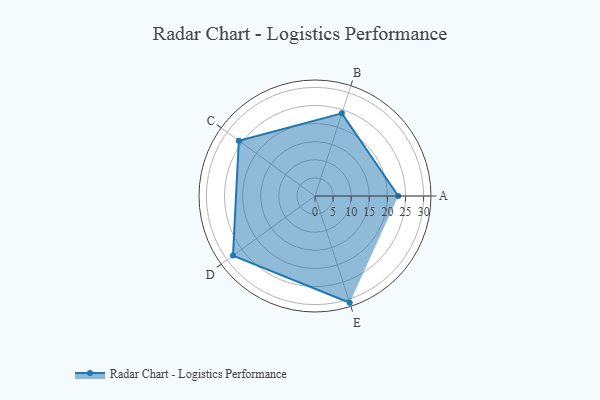
{"axis": {"x": "Skill", "y": "Score"}, "legend": ["Profile"], "data": [{"x": "A", "y": 23.0, "type": "Profile"}, {"x": "B", "y": 24.0, "type": "Profile"}, {"x": "C", "y": 26.0, "type": "Profile"}, {"x": "D", "y": 28.0, "type": "Profile"}, {"x": "E", "y": 31.0, "type": "Profile"}]}